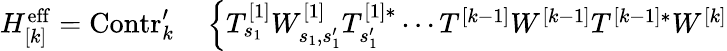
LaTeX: \begin{array}{rl}{H_{[k]}^{\mathrm{eff}}=\mathrm{Contr}_{k}^{\prime}}&{{}\left\{ T_{s_{1}}^{[1]}W_{s_{1},s_{1}^{\prime}}^{[1]}T_{s_{1}^{\prime}}^{[1]*}\cdots T^{[k-1]}W^{[k-1]}T^{[k-1]*}W^{[k]}\right.}\end{array}